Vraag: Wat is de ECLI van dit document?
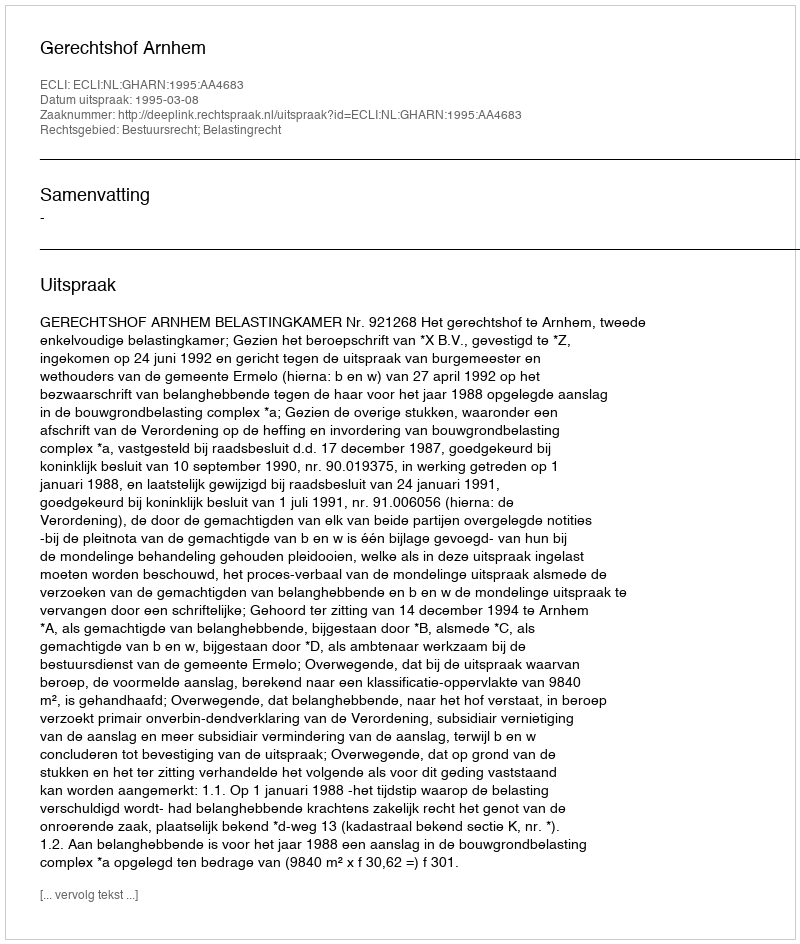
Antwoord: ECLI:NL:GHARN:1995:AA4683